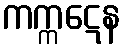
ကက္ကဋေန